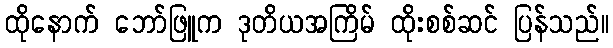
ထိုနောက် ဘော်ဖြူက ဒုတိယအကြိမ် ထိုးစစ်ဆင် ပြန်သည်။